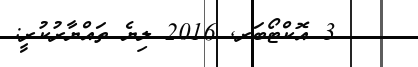
3 އޮކްޓޯބަރ